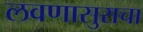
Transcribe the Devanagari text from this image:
लवणासुराचा